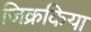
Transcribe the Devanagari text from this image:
जिक्रकिया